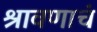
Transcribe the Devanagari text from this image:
श्रावणाचं